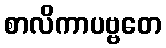
စာလိကာပဗ္ဗတေ